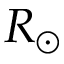
R _ { \odot }